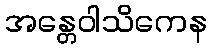
အန္တေဝါသိကေန